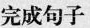
完成句子